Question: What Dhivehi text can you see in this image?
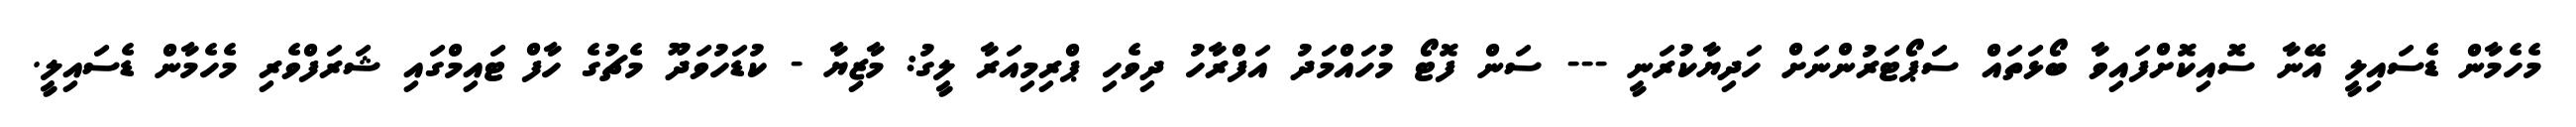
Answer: މެހެމާން ޑެސައިލީ އޭނާ ސޮއިކޮށްފައިވާ ބޯޅަތައް ސަޕޯޓަރުންނަށް ހަދިޔާކުރަނީ --- ސަން ފޮޓޯ މުހައްމަދު އަފްރާހު ދިވެހި ޕްރިމިއަރާ ލީގު: މާޒިޔާ - ކުޑަހުވަދޫ މެޗުގެ ހާފް ޓައިމްގައި ޝަރަފްވެރި މެހެމާން ޑެސައިލީ.